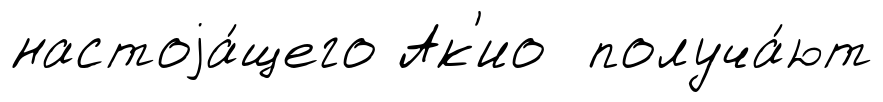
настоjа́щего Ак'ио получа́ют